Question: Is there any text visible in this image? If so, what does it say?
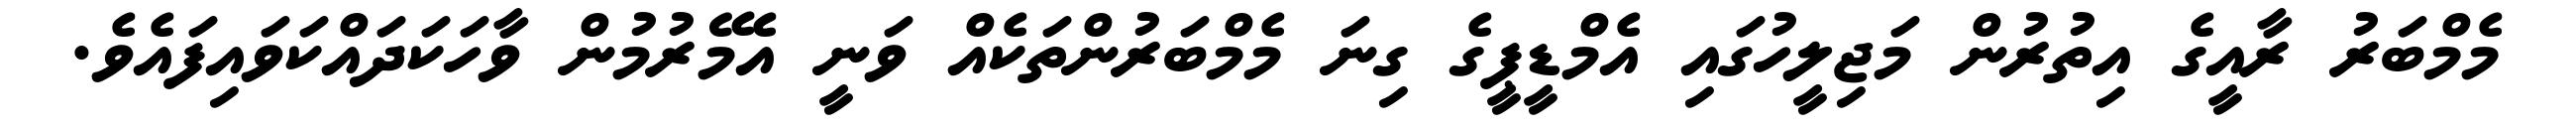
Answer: މެމްބަރު ރާއީގެ އިތުރުން މަޖިލީހުގައި އެމްޑީޕީގެ ގިނަ މެމްބަރުންތަކެއް ވަނީ އެމޭރުމުން ވާހަކަދައްކަވައިފައެވެ.